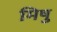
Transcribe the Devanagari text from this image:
मिषु